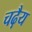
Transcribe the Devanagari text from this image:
चढ़ैय